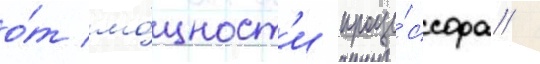
о́т мо́щност'и проце́ссора /